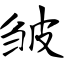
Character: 皱